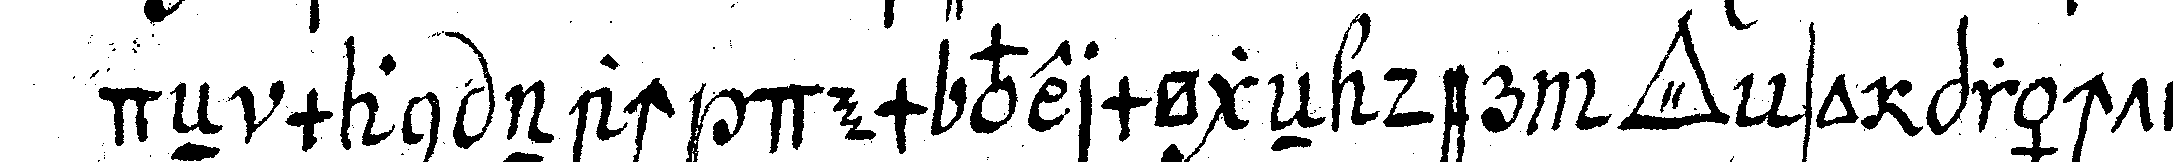
deN man nach dem vermögeN der *tri..* so prächtig